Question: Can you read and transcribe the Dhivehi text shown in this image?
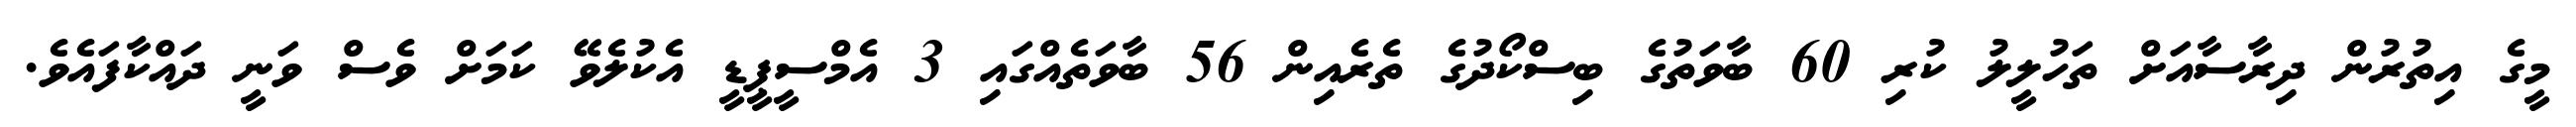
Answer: މީގެ އިތުރުން ދިރާސާއަށް ތަހުލީލު ކުރި 60 ބާވަތުގެ ބިސްކޯދުގެ ތެރެއިން 56 ބާވަތެއްގައި 3 އެމްސީޕީޑީ އެކުލެވޭ ކަމަށް ވެސް ވަނީ ދައްކާފައެވެ.